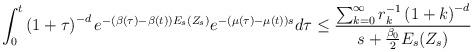
LaTeX: \begin{align*}\int_0^t \left(1+\tau\right)^{-d}e^{-\left(\beta(\tau)-\beta(t)\right) E_s (Z_s)}e^{-\left(\mu(\tau)-\mu(t)\right) s} d\tau \leq\frac{\sum_{k=0}^\infty r_k^{-1} \left(1+k\right)^{-d}}{s+\frac{\beta_0}{2} E_s(Z_s)}\end{align*}